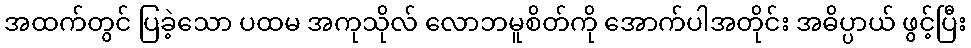
အထက်တွင် ပြခဲ့သော ပထမ အကုသိုလ် လောဘမူစိတ်ကို အောက်ပါအတိုင်း အဓိပ္ပာယ် ဖွင့်ပြီး